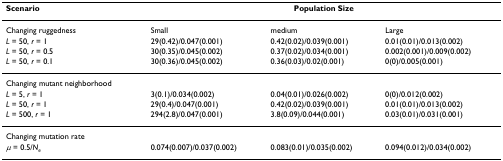
<table><thead><tr><td><b>Scenario</b></td><td colspan="3"><b>Population Size</b></td></tr></thead><tbody><tr><td>Changing ruggedness</td><td>Small</td><td>medium</td><td>Large</td></tr><tr><td><i>L </i>= 50, <i>r </i>= 1</td><td>29(0.42)/0.047(0.001)</td><td>0.42(0.02)/0.039(0.001)</td><td>0.01(0.01)/0.013(0.002)</td></tr><tr><td><i>L </i>= 50, <i>r </i>= 0.5</td><td>30(0.35)/0.045(0.002)</td><td>0.37(0.02)/0.034(0.001)</td><td>0.002(0.001)/0.009(0.002)</td></tr><tr><td><i>L </i>= 50, <i>r </i>= 0.1</td><td>30(0.36)/0.045(0.002)</td><td>0.36(0.03)/0.02(0.001)</td><td>0(0)/0.005(0.001)</td></tr><tr><td>Changing mutant neighborhood</td><td></td><td></td><td></td></tr><tr><td><i>L </i>= 5, <i>r </i>= 1</td><td>3(0.1)/0.034(0.002)</td><td>0.04(0.01)/0.026(0.002)</td><td>0(0)/0.012(0.002)</td></tr><tr><td><i>L </i>= 50, <i>r </i>= 1</td><td>29(0.4)/0.047(0.001)</td><td>0.42(0.02)/0.039(0.001)</td><td>0.01(0.01)/0.013(0.002)</td></tr><tr><td><i>L </i>= 500, <i>r </i>= 1</td><td>294(2.8)/0.047(0.001)</td><td>3.8(0.09)/0.044(0.001)</td><td>0.03(0.01)/0.031(0.001)</td></tr><tr><td>Changing mutation rate</td><td></td><td></td><td></td></tr><tr><td><i>μ </i>= 0.5/<i>N</i><sub><i>e</i></sub></td><td>0.074(0.007)/0.037(0.002)</td><td>0.083(0.01)/0.035(0.002)</td><td>0.094(0.012)/0.034(0.002)</td></tr></tbody></table>